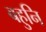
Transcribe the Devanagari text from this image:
बहुनि